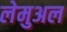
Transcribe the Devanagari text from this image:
लेमुअल